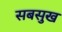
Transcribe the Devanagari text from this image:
सबसुख